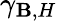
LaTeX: \gamma_{\mathbf{B},H}